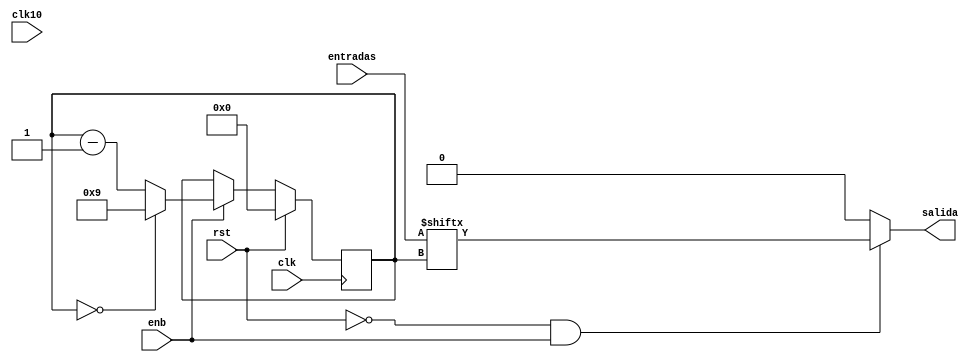
`timescale 1ns/1ps

// Este mdulo se encarga de serializar una entrada paralela
// cada n ciclos de reloj
module paraleloSerial(
  clk, rst, enb,
  clk10,
  entradas,
  salida
);
//parametro para selecionar posicion en la memoria de contador
parameter PwrC=0;

parameter cantidadBits = 10;

// seales de control
input wire clk;
input wire enb;
input wire rst;

// seal de reloj cada 10 ciclos
input wire clk10;

// Se tienen n entradas.
// El MSB es el bit cantidadBits-1
// El LSB es el bit 0
input wire [cantidadBits-1:0] entradas;

// La salida es serial, por lo tanto es un solo elemento
output reg salida;

// El modulo se encarga de identificar cuando
// debe reiniciar el contador a partir de una
// cuenta de ciclos de reloj
// El reg contador se encarga de llevar la
// cuenta de ciclos de reloj.
// la cantidad de bits de este contador debe ser
// de al menos log_2(cantidadBits) redondeado al
// entero mayor.
// log_2(10) =~ 3.322 => 4 bits
reg [3:0] contador;
//reg [3:0] contador = cantidadBits - 1;

// la salida es 0 si rst est encendido o enb est
// apagado
// sino la salida va a ser la correspondiente al
// contador
// Al usar un operador ternario se asumen todos los
// casos evitando latches.
always @ ( * ) begin
salida = ~rst & enb ? entradas[contador] : 0;
end

// Bloque secuencial.
always @(posedge clk) begin
  // Cuando rst est encendido se
  // asigna 0 al contador para comenzar con 9
  // inmediatamente se da el flanco positivo
  if (rst) begin
    // el contadorse resetea a 0 para que el primer
    // bit que tome sea el mayor, luego se continua
    // en orden descendente.
    contador <= 0;
  end else if(enb) begin
    // contador de 9 a 0 en funcionamiento normal.
    // el contador representa el bit de la entrada que pasa a
    // la salida.
    contador <= contador == 0 ? cantidadBits-1 : contador-1;
  end
  else  contador = contador;
  end

  //Codigo de intrumentacion para el conteo de transiciones
  //para solo contar transiciones en conductual, sin modificar la libreria
  `ifdef SIMULATION_conductual
    always @(posedge salida) testbench_P1.probador.m1.PwrCntr[PwrC]<=testbench_P1.probador.m1.PwrCntr[PwrC]+1;
  `endif

endmodule